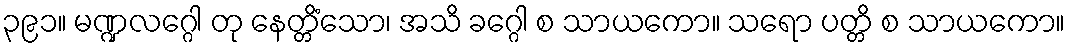
၃၉၁။ မဏ္ဍလဂ္ဂေါ တု နေတ္တိံသော၊ အသိ ခဂ္ဂေါ စ သာယကော။ သရော ပတ္တိ စ သာယကော။